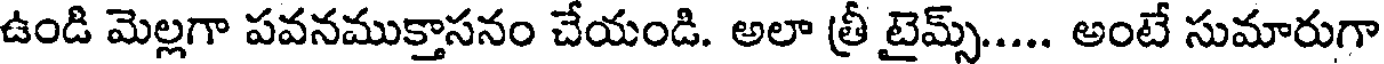
ఉండి మెల్లగా పవనముక్తాసనం చేయండి. అలా త్రీ టైమ్స్..... అంటే సుమారుగా